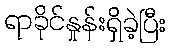
ရာခိုင်နှုန်းရှိခဲ့ပြီး